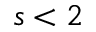
s < 2